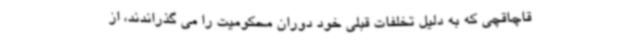
قاچاقچی که به دلیل تخلفات قبلی خود دوران محکومیت را می گذراندند، از